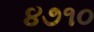
૪૭૧૦